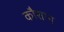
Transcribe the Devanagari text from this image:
कौशाम